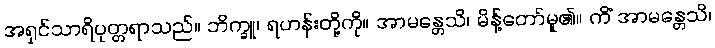
အရှင်သာရိပုတ္တရာသည်။ ဘိက္ခူ၊ ရဟန်းတို့ကို။ အာမန္တေသိ၊ မိန့်တော်မူ၏။ ကိံ အာမန္တေသိ၊